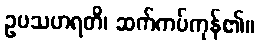
ဥပသဟရတိ၊ ဆက်ကပ်ကုန်၏။